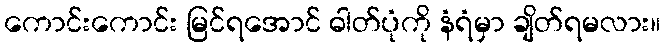
ကောင်းကောင်း မြင်ရအောင် ဓါတ်ပုံကို နံရံမှာ ချိတ်ရမလား။